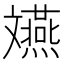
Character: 𫿲